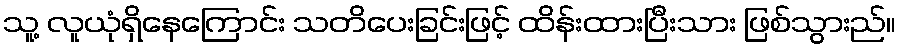
သူ့ လူယုံရှိနေကြောင်း သတိပေးခြင်းဖြင့် ထိန်းထားပြီးသား ဖြစ်သွားည်။